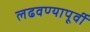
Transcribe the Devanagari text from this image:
लढवण्यापूर्वी